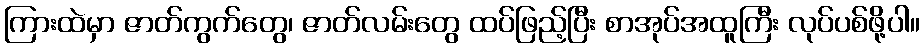
ကြားထဲမှာ ဇာတ်ကွက်တွေ၊ ဇာတ်လမ်းတွေ ထပ်ဖြည့်ပြီး စာအုပ်အထူကြီး လုပ်ပစ်ဖို့ပါ။